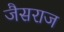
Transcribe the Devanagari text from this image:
जैसराज